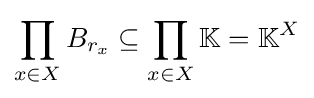
\prod _{x\in X}B_{r_{x}}\subseteq \prod _{x\in X}\mathbb {K} =\mathbb {K} ^{X}